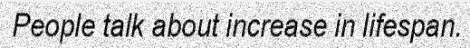
People talk about increase in lifespan.